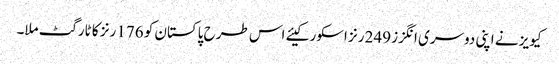
کیویز نے اپنی دوسری انگزز 249 رنز اسکور کیئے اس طرح پاکستان کو 176 رنز کا ٹارگٹ ملا۔